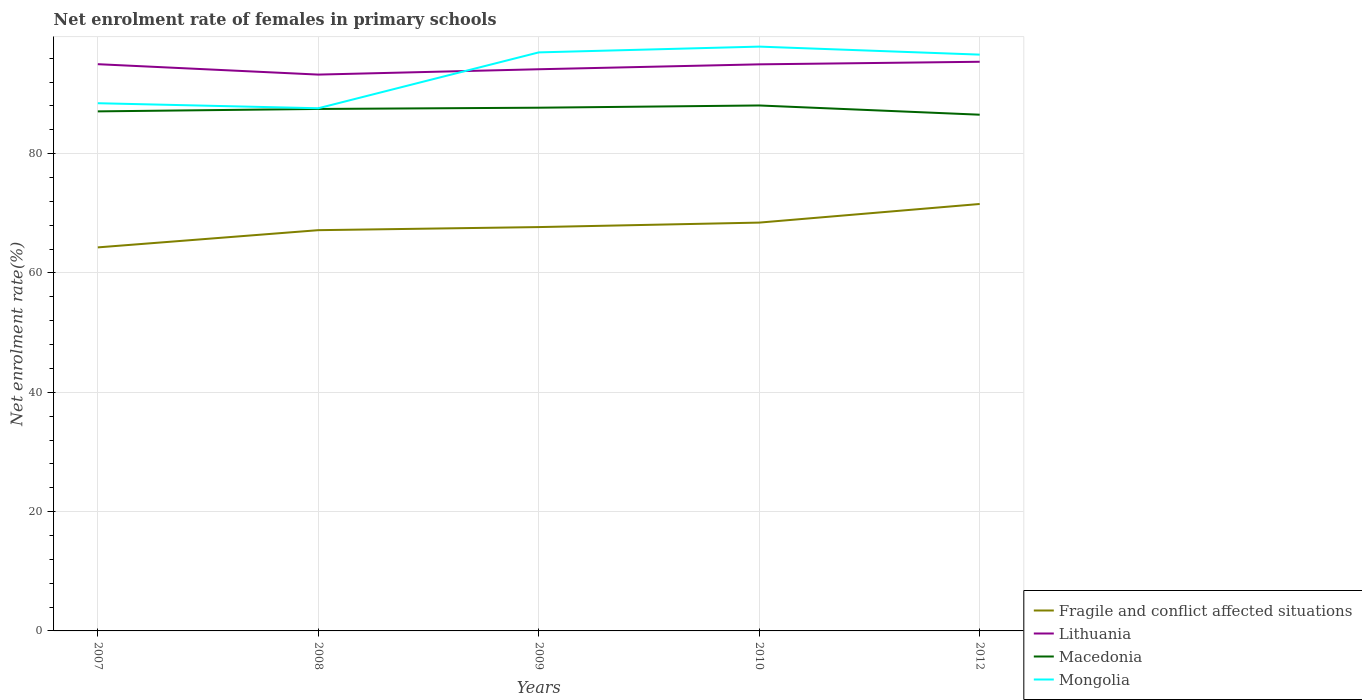
| Years | Fragile and conflict affected situations | Lithuania | Macedonia | Mongolia |
 | --- | --- | --- | --- | --- |
 | 2007 | 64.3 | 95 | 87.1 | 88.5 |
 | 2008 | 67.2 | 93.3 | 87.5 | 87.6 |
 | 2009 | 67.7 | 94.2 | 87.7 | 97 |
 | 2010 | 68.4 | 95 | 88.1 | 97.9 |
 | 2012 | 71.6 | 95.4 | 86.5 | 96.6 |